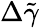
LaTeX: \Delta\tilde{\gamma}